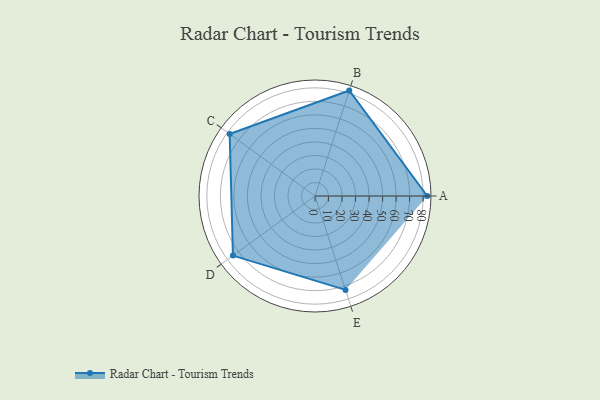
{"axis": {"x": "Skill", "y": "Score"}, "legend": ["Profile"], "data": [{"x": "A", "y": 83.0, "type": "Profile"}, {"x": "B", "y": 82.0, "type": "Profile"}, {"x": "C", "y": 78.0, "type": "Profile"}, {"x": "D", "y": 75.0, "type": "Profile"}, {"x": "E", "y": 73.0, "type": "Profile"}]}